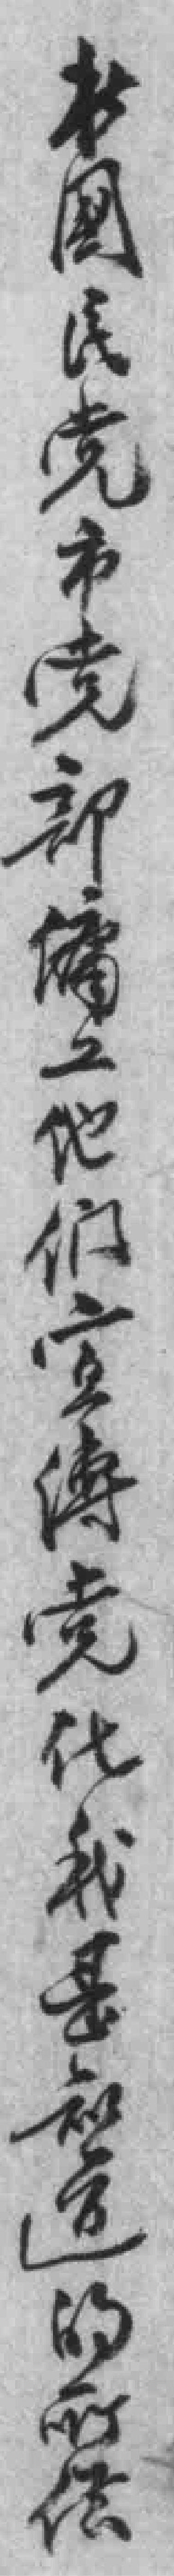
於國民党市党部傭工他们宣傳党化我是知道的所供